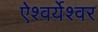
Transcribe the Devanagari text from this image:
ऐश्वर्येश्वर